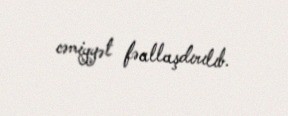
cəmiyyət fəallaşdırılıb.